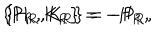
\{ \mathrm { P } _ { \mathrm { R } } , \mathrm { K } _ { \mathrm { R } } \} = - \mathrm { H } _ { \mathrm { R } } , \hspace { 5 m m } \{ \mathrm { H } _ { \mathrm { R } } , \mathrm { K } _ { \mathrm { R } } \} = - \mathrm { P } _ { \mathrm { R } } ,